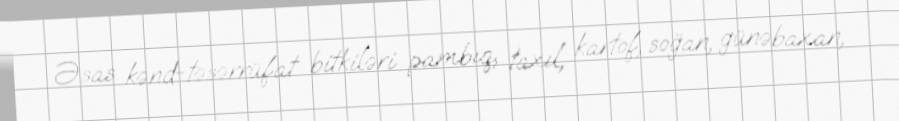
Əsas kənd-təsərrüfat bitkiləri pambıq, taxıl, kartof, soğan, günəbaxan,